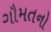
ગૌમતનો